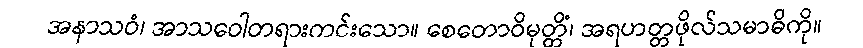
အနာသဝံ၊ အာသဝေါတရားကင်းသော။ စေတောဝိမုတ္တိံ၊ အရဟတ္တဖိုလ်သမာဓိကို။